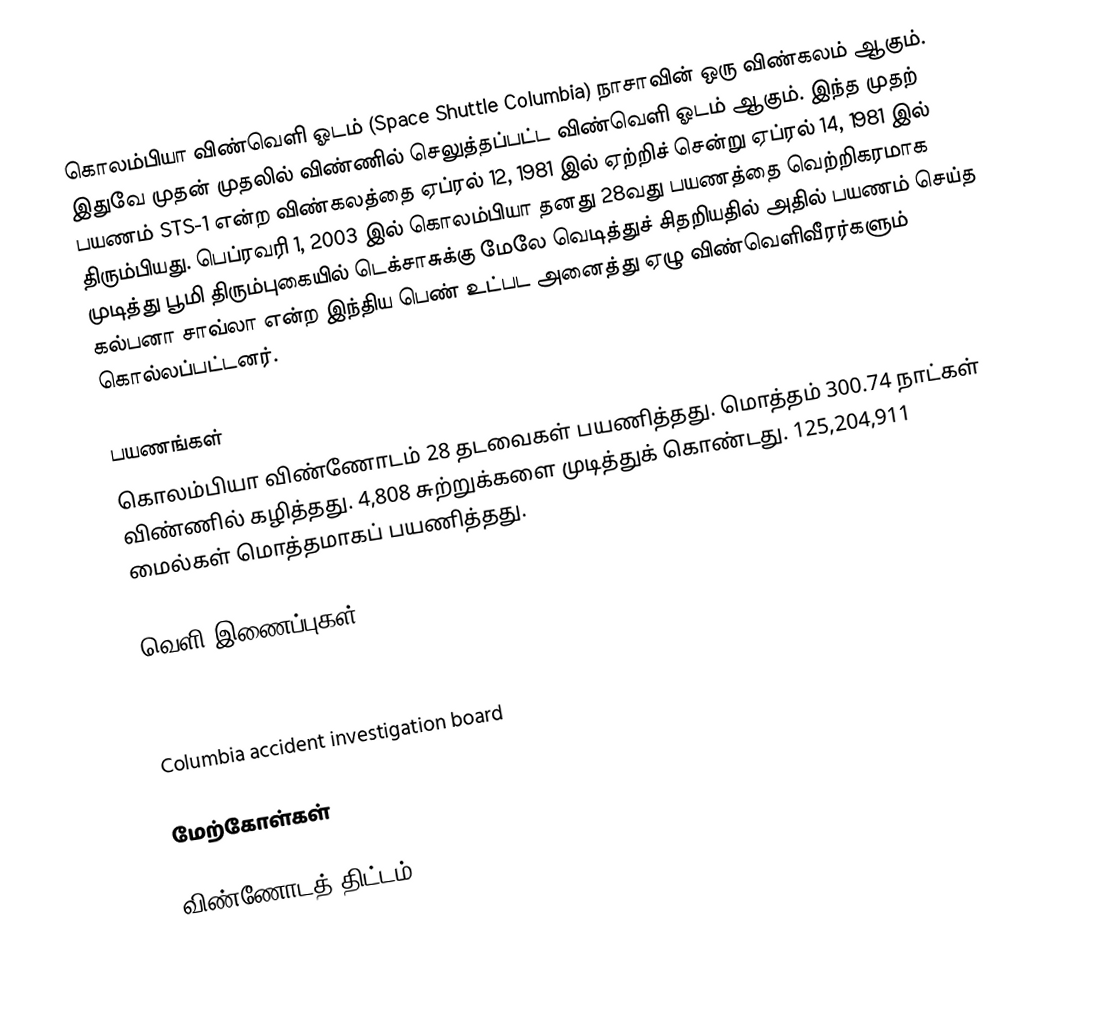
கொலம்பியா விண்வெளி ஓடம் (Space Shuttle Columbia) நாசாவின் ஒரு விண்கலம் ஆகும். இதுவே முதன் முதலில் விண்ணில் செலுத்தப்பட்ட விண்வெளி ஓடம் ஆகும். இந்த முதற் பயணம் STS-1 என்ற விண்கலத்தை ஏப்ரல் 12, 1981 இல் ஏற்றிச் சென்று ஏப்ரல் 14, 1981 இல் திரும்பியது. பெப்ரவரி 1, 2003 இல் கொலம்பியா தனது 28வது பயணத்தை வெற்றிகரமாக முடித்து பூமி திரும்புகையில் டெக்சாசுக்கு மேலே வெடித்துச் சிதறியதில் அதில் பயணம் செய்த கல்பனா சாவ்லா என்ற இந்திய பெண் உட்பட அனைத்து ஏழு விண்வெளிவீரர்களும் கொல்லப்பட்டனர்.

பயணங்கள்
கொலம்பியா விண்ணோடம் 28 தடவைகள் பயணித்தது. மொத்தம் 300.74 நாட்கள் விண்ணில் கழித்தது. 4,808 சுற்றுக்களை முடித்துக் கொண்டது. 125,204,911 மைல்கள் மொத்தமாகப் பயணித்தது.

வெளி இணைப்புகள்
 Columbia launch on YouTube.com
 Maiden launch of Columbia  (Google Video)
 Columbia accident investigation board

மேற்கோள்கள்

விண்ணோடத் திட்டம்